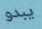
يبدو